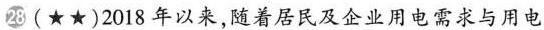
28 (★★)2018年以来，随着居民及企业用电需求与用电